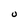
Character: U